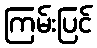
ကြမ်းပြင်